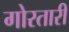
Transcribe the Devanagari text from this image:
गोरतारी